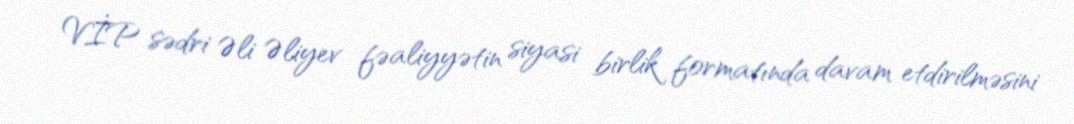
VİP sədri Əli Əliyev fəaliyyətin siyasi birlik formatında davam etdirilməsini